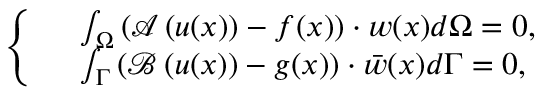
\left\{ \begin{array} { r l } & { \int _ { \Omega } \left( \boldsymbol { \mathcal { A } } \left( \boldsymbol { u } ( \boldsymbol { x } ) \right) - \boldsymbol { f } ( \boldsymbol { x } ) \right) \cdot \boldsymbol { w } ( \boldsymbol { x } ) d \Omega = 0 , } \\ & { \int _ { \Gamma } \left( \boldsymbol { \mathcal { B } } \left( \boldsymbol { u } ( \boldsymbol { x } ) \right) - \boldsymbol { g } ( \boldsymbol { x } ) \right) \cdot \boldsymbol { \bar { w } } ( \boldsymbol { x } ) d \Gamma = 0 , } \end{array} \right.